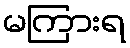
မကြားရ